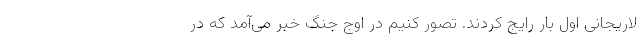
لاریجانی اول بار رایج کردند. تصور کنیم در اوج جنگ خبر می‌آمد که در